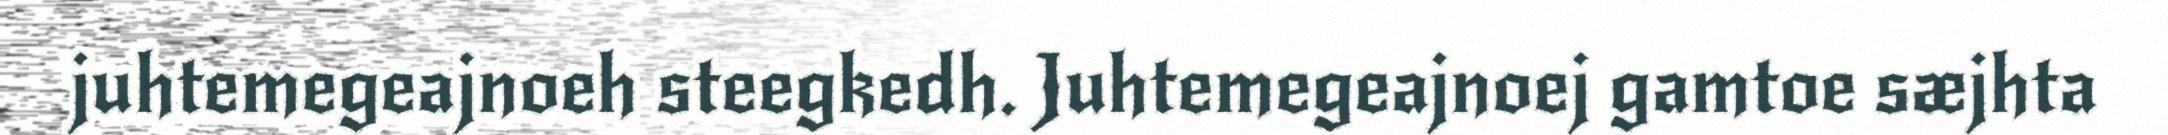
juhtemegeajnoeh steegkedh. Juhtemegeajnoej gamtoe sæjhta